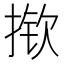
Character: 揿